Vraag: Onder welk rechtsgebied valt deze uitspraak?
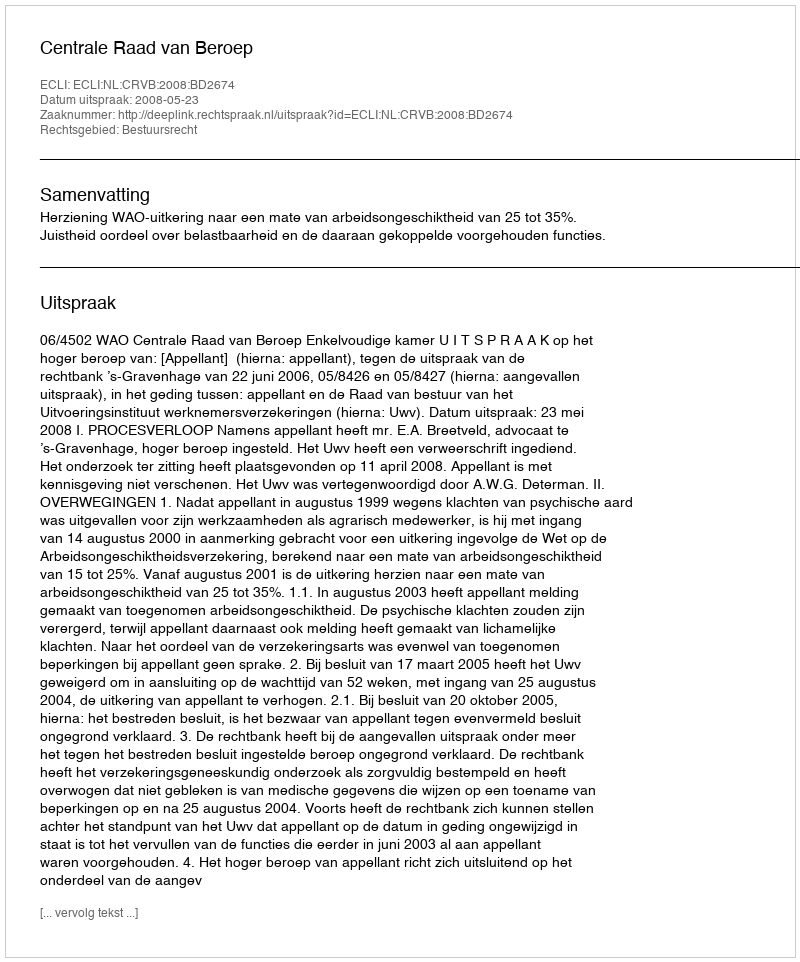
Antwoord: Bestuursrecht